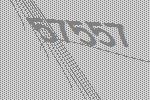
57557